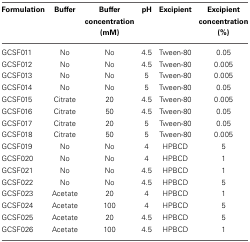
| Formulation | Buffer | Buffer concentration (mM) | pH | Excipient | Excipient concentration (%) |
 | --- | --- | --- | --- | --- | --- |
 | GCSF011 | No | No | 4.5 | Tween-80 | 0.05 |
 | GCSF012 | No | No | 4.5 | Tween-80 | 0.005 |
 | GCSF013 | No | No | 5 | Tween-80 | 0.005 |
 | GCSF014 | No | No | 5 | Tween-80 | 0.05 |
 | GCSF015 | Citrate | 20 | 4.5 | Tween-80 | 0.005 |
 | GCSF016 | Citrate | 50 | 4.5 | Tween-80 | 0.05 |
 | GCSF017 | Citrate | 20 | 5 | Tween-80 | 0.05 |
 | GCSF018 | Citrate | 50 | 5 | Tween-80 | 0.005 |
 | GCSF019 | No | No | 4 | HPBCD | 5 |
 | GCSF020 | No | No | 4 | HPBCD | 1 |
 | GCSF021 | No | No | 4.5 | HPBCD | 1 |
 | GCSF022 | No | No | 4.5 | HPBCD | 5 |
 | GCSF023 | Acetate | 20 | 4 | HPBCD | 1 |
 | GCSF024 | Acetate | 100 | 4 | HPBCD | 5 |
 | GCSF025 | Acetate | 20 | 4.5 | HPBCD | 5 |
 | GCSF026 | Acetate | 100 | 4.5 | HPBCD | 1 |